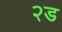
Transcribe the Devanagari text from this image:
२ड